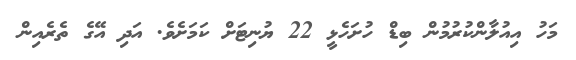
މަހު އިއުލާންކުރުމުން ބިޑް ހުށަހެޅީ 22 ޔުނިޓަށް ކަމަށެވެ. އަދި އޭގެ ތެރެއިން